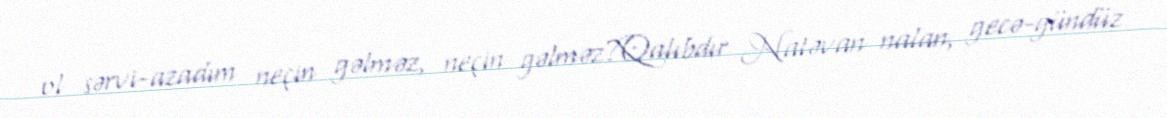
ol sərvi-azadım neçin gəlməz, neçin gəlməz?Qalıbdır Natəvan nalan, gecə-gündüz